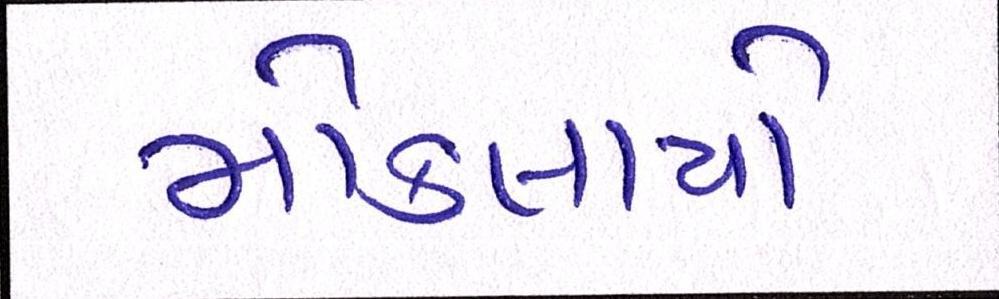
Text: મોકલાયો